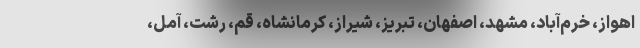
اهواز، خرم‌آباد، مشهد، اصفهان، تبریز، شیراز، کرمانشاه، قم، رشت، آمل،